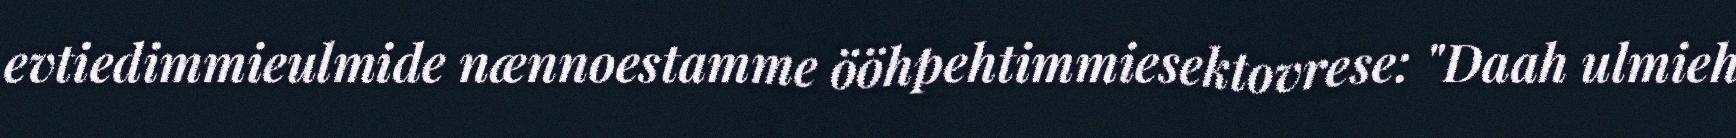
evtiedimmieulmide nænnoestamme ööhpehtimmiesektovrese: "Daah ulmieh